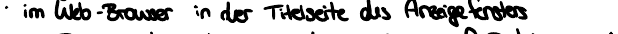
im Web-Browser in der Titelseite des Anzeigefensters